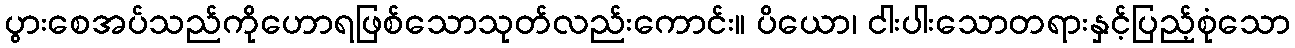
ပွားစေအပ်သည်ကိုဟောရဖြစ်သောသုတ်လည်းကောင်း။ ပိယော၊ ငါးပါးသောတရားနှင့်ပြည့်စုံသော